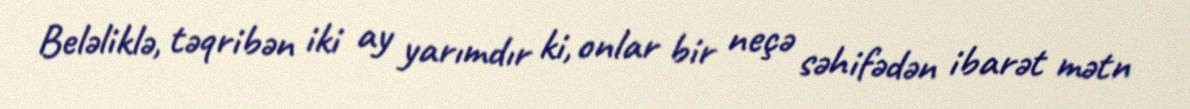
Beləliklə, təqribən iki ay yarımdır ki, onlar bir neçə səhifədən ibarət mətn